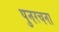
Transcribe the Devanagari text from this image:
पुनरचना